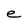
Character: e